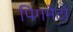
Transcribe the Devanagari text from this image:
पिगमेंटो